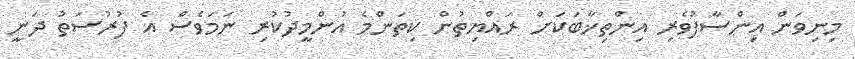
މިނިވަން އިންސާފުވެރި އިންތިޚާބަކަށް ރައްޔިތުން ކިތަންމެ އުންމީދުކުރި ނަމަވެސް އެ ފުރުސަތު ދަނީ